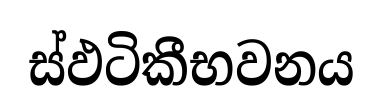
ස්ඵටිකීභවනය